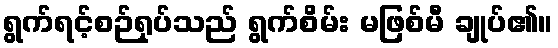
ရွက်ရင့်စဉ်ရုပ်သည် ရွက်စိမ်း မဖြစ်မီ ချုပ်၏။